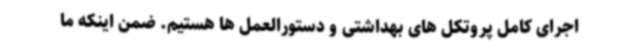
اجرای کامل پروتکل های بهداشتی و دستورالعمل ها هستیم. ضمن اینکه ما